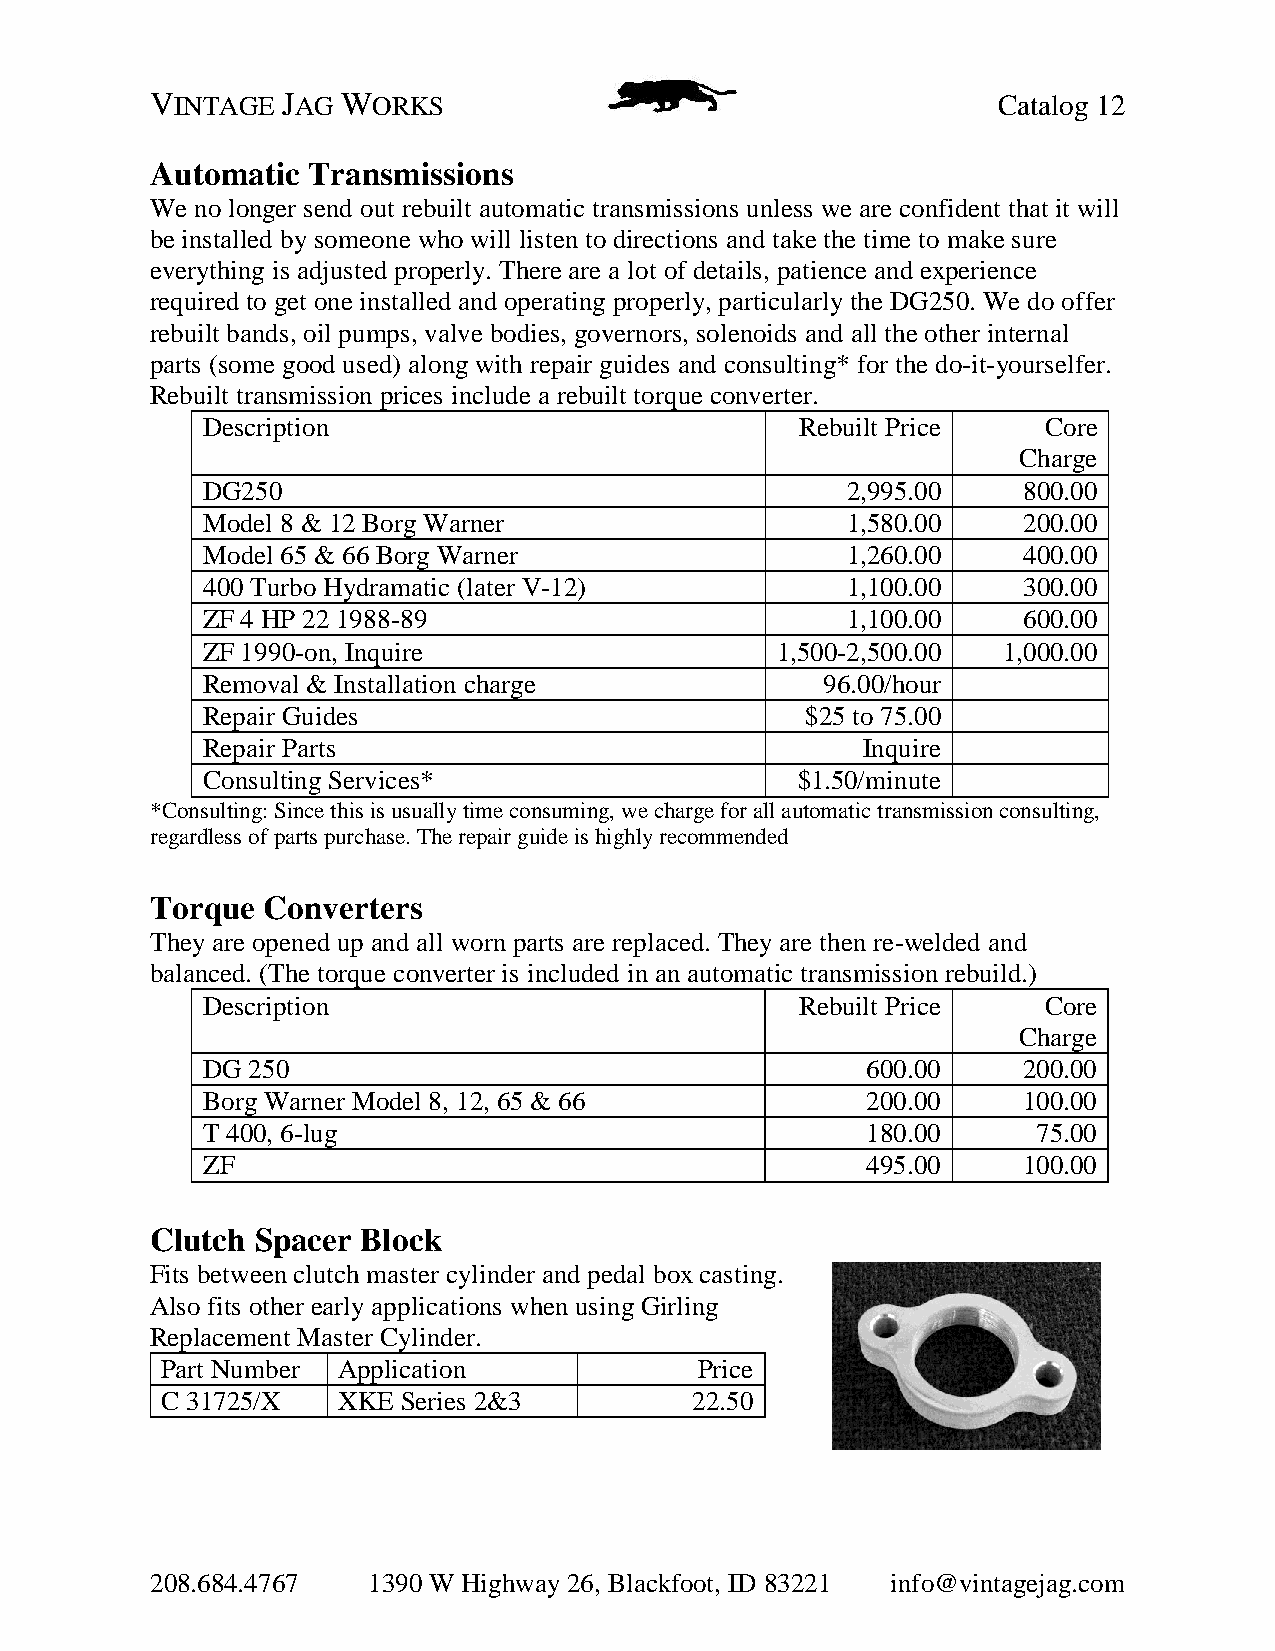
VINTAGE  JAG WORKS                                      Catalog 12
 Automatic Transmissions
 We no longer send out rebuilt automatic transmissions unless we are confident that it will
 be installed by someone who will listen to directions and take the time to make sure
 everything is adjusted properly. There are a lot of details, patience and experience
 required to get one installed and operating properly, particularly the DG250. We do offer
 rebuilt bands, oil pumps, valve bodies, governors, solenoids and all the other internal
 parts (some good used) along with repair guides and consulting* for the do-it-yourselfer.
 Rebuilt transmission prices include a rebuilt torque converter.
 Description                             Rebuilt Price   Core
 Charge
 DG250                                      2,995.00    800.00
 Model 8 & 12 Borg Warner                   1,580.00    200.00
 Model 65 & 66 Borg Warner                  1,260.00    400.00
 400 Turbo Hydramatic (later V-12)          1,100.00    300.00
 ZF 4 HP 22 1988-89                         1,100.00    600.00
 ZF 1990-on, Inquire                   1,500-2,500.00 1,000.00
 Removal & Installation charge             96.00/hour
 Repair Guides                           $25 to 75.00
 Repair Parts                                Inquire
 Consulting Services*                    $1.50/minute
 *Consulting: Since this is usually time consuming, we charge for all automatic transmission consulting,
 regardless of parts purchase. The repair guide is highly recommended
 Torque Converters
 They are opened up and all worn parts are replaced. They are then re-welded and
 balanced. (The torque converter is included in an automatic transmission rebuild.)
 Description                             Rebuilt Price   Core
 Charge
 DG 250                                      600.00     200.00
 Borg Warner Model 8, 12, 65 & 66            200.00     100.00
 T 400, 6-lug                                180.00      75.00
 ZF                                          495.00     100.00
 Clutch Spacer Block
 Fits between clutch master cylinder and pedal box casting.
 Also fits other early applications when using Girling
 Replacement Master Cylinder.
 Part Number Application            Price
 C 31725/X  XKE  Series 2&3         22.50
 208.684.4767  1390 W Highway 26, Blackfoot, ID 83221 info@vintagejag.com